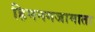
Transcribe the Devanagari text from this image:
हिमनगजामाता